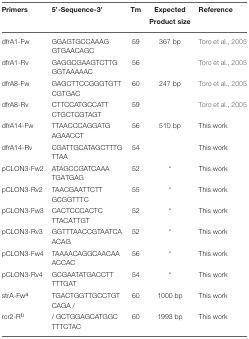
| Primers | 5′-Sequence-3′ | Tm | Expected Product size | Reference |
 | --- | --- | --- | --- | --- |
 | dfrA1-Fw | GGAGTGCCAAAGGTGAACAGC | 59 | 367 bp | Toro et al., 2005 |
 | dfrA1-Rv | GAGGCGAAGTCTTGGGTAAAAAC | 56 |  | Toro et al., 2005 |
 | dfrA8-Fw | GAGCTTCCGGGTGTTCGTGAC | 60 | 247 bp | Toro et al., 2005 |
 | dfrA8-Rv | CTTCCATGCCATTCTGCTCGTAGT | 59 |  | Toro et al., 2005 |
 | dfrA14-Fw | TTAACCCAGGATGAGAACCT | 56 | 510 bp | This work |
 | dfrA14-Rv | CGATTGCATAGCTTTGTTAA | 54 |  | This work |
 | pCLON3-Fw2 | ATAGCCGATCAAATGATGAG | 52 | * | This work |
 | pCLON3-Rv2 | TAACGAATTCTTGCGGTTTC | 55 | * | This work |
 | pCLON3-Fw3 | CACTCCCACTCTTACATTGT | 52 | * | This work |
 | pCLON3-Rv3 | GGTTTAACCGTAATCAACAG | 52 | * | This work |
 | pCLON3-Fw4 | TAAAACAGGCAACAAACCAC | 56 | * | This work |
 | pCLON3-Rv4 | GCGAATATGACCTTTTTGAT | 54 | * | This work |
 | strA-Fwa | TGACTGGTTGCCTGTCAGA / | 60 | 1000 bp | This work |
 | rcr2-Rb | / GCTGGAGCATGGCTTTCTAC | 60 | 1993 bp | This work |